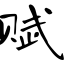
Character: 赋